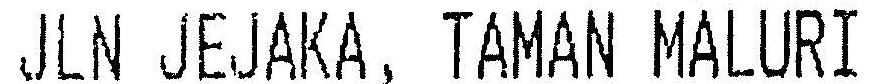
JLN JEJAKA, TAMAN MALURI